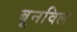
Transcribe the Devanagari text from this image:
बूनविल